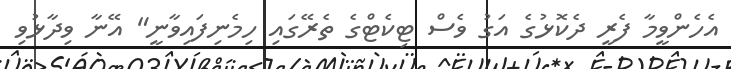
އެހެންވީމާ ފެރީ ދެކޮޅުގެ އަގު ވެސް ޓިކެޓްގެ ތެރޭގައި ހިމެނިފައިވާނީ" އޭނާ ވިދާޅުވި